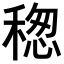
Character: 𥠡